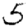
Digit: 5